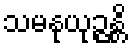
သမနုယုဉ္ဇန္တိ